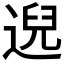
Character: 𫐰